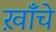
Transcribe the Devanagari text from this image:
ख़ाँचे